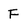
Character: F